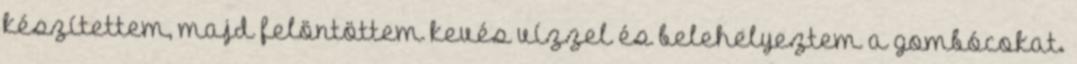
készítettem, majd felöntöttem kevés vízzel és belehelyeztem a gombócokat.